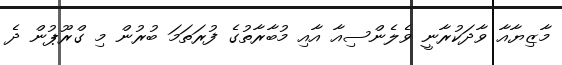
މާޒިޔާއާ ވާދަކުރާނީ ވެލެންސިއާ އާއި މުބާރާތުގެ ފުރަތަމަ ބުރުން މި ގްރޫޕުން ދެ